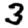
Digit: 3